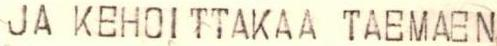
JA KEHOITTAKAA TAEMAEN